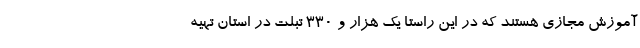
آموزش مجازی هستند که در این راستا یک هزار و ۳۳۰ تبلت در استان تهیه